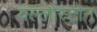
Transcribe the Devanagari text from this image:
यल्लोस्टोन